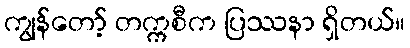
ကျွန်တော့် တက္ကစီက ပြဿနာ ရှိတယ်။